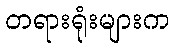
တရားရုံးများက